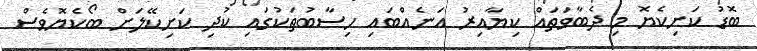
ބޮޑު ކަށިކެޔޮ މި ދެބާވަތައް ކިޔާއިރު އަނެއްބައި ހިސާބުތަކުގައި ކުދި ކަށިކޭލަށް ބޯކެޔޮވެސް